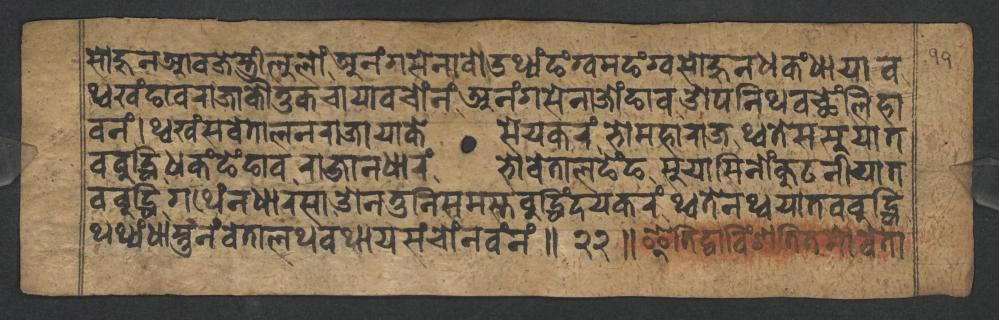
𑐳𑑀𑐴𑐸𑐣𑐁𑐰𑐖𑐾𑐳𑑂𑐟𑑂𑐬𑐷𑐮𑐸𑐮𑑀𑑄𑐀𑐣𑑄𑐐𑐳𑐾𑐣𑐵𑐰𑑀𑐄𑐠𑑂𑐫𑑄𑐒𑑄𑐐𑑂𑐰𑐩𑐒𑑄𑐐𑑂𑐰𑐳𑑀𑐴𑐸𑐣𑐢𑐎𑑄𑐢𑐵𑐫𑐵𑐰 𑐠𑑂𑐰𑐏𑑄𑐒𑐵𑐰𑐬𑐵𑐖𑐵𑐎𑑁𑐟𑐸𑐎𑐔𑐵𑐫𑐵𑐰𑐔𑑀𑑄𑐣𑑄𑐀𑐣𑑄𑐐𑐳𑐾𑐣𑐵𑐖𑑀𑑄𑐒𑐵𑐰𑐌𑐥𑐣𑐶𑐠𑐰𑐕𑐾𑑄𑐮𑐶𑐴𑐵 𑐰𑐣𑑄𑑋𑐠𑑂𑐰𑐏𑑄𑐳𑐰𑐾𑐟𑐵𑐮𑐣𑐬𑐵𑐖𑐵𑐫𑐵𑐎𑐾𑐳𑐾𑐫𑐎𑐬𑑄𑐨𑑀𑐩𑐴𑐵𑐬𑐵𑐖𑐠𑑂𑐰𑐟𑐾𑐳𑐳𑐸𑐫𑐵𑐟 𑐰𑐧𑐸𑐡𑑂𑐢𑐶𑐢𑐎𑑄𑐒𑐾𑑄𑐒𑐵𑐰𑐬𑐵𑐖𑐵𑐣𑐢𑐵𑐬𑑄𑐨𑑀𑐰𑐾𑐟𑐵𑐮𑐒𑐾𑑄𑐒𑐳𑐸𑐫𑐵𑐳𑐶𑐣𑑀𑑄𑐎𑐸𑐚𑐣𑐷𑐫𑐵𑐟 𑐰𑐧𑐸𑐡𑑂𑐢𑐶𑐐𑐠𑐾𑑄𑐣𑐢𑐵𑐬𑐳𑐵𑐌𑐣𑐟𑐸𑐣𑐶𑐳𑐩𑐳𑑂𑐟𑐧𑐸𑐡𑑂𑐢𑐶𑑄𑐡𑐫𑐎𑐬𑑄𑐠𑑂𑐰𑐟𑐾𑐣𑐠𑑂𑐰𑐫𑐵𑐟𑐰𑐧𑐸𑐡𑑂𑐢𑐶 𑐠𑐠𑑂𑐫𑑄𑐢𑐵𑐳𑑂𑐟𑐸𑐣𑑄𑐰𑐾𑐟𑐵𑐮𑐠𑐰𑐠𑐵𑐫𑐳𑑄𑐔𑑀𑑄𑐣𑐰𑑄𑐣𑑄𑑌𑑒𑑒𑑌𑐂𑐟𑐶𑐡𑑂𑐰𑐵𑐰𑐶𑑄𑐱𑐟𑐶𑐟𑐩𑑀𑐰𑐾𑐟𑐵